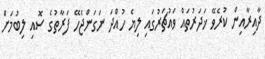
ދާއިރާއިން ކުރެވޭ ޚަދަރުތައް ވައުޗަރުގައި ލިޔެ ހުއްދަ ނަގަންޖެހޭ ފަރާތުގެ ސޮއި ލިބުމަށް